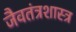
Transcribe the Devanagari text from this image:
जैवतंत्रशास्त्र